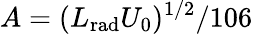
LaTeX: A=(L_{\mathrm{rad}}U_{0})^{1/2}/106